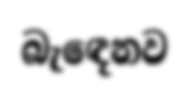
බැඳෙනව